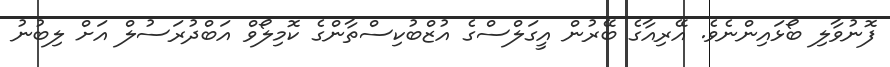
ފޮނުވާލި ބޯޅައިންނެވެ. އޭރިއާގެ ބޭރުން އީގަލްސްގެ އުޒްބުކިސްތާންގެ ކޮމިލޯވް އަބްދުރަސުލް އަށް ލިބުނު